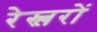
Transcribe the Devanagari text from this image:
रेस्लरों